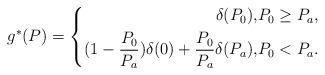
LaTeX: \begin{align*}g^*(P) = \left\{\begin{aligned}\delta(P_0), &P_0 \geq P_a, \\(1- \frac{P_0}{P_a})\delta(0) + \frac{P_0}{P_a}\delta(P_a), &P_0 < P_a.\end{aligned}\right.\end{align*}